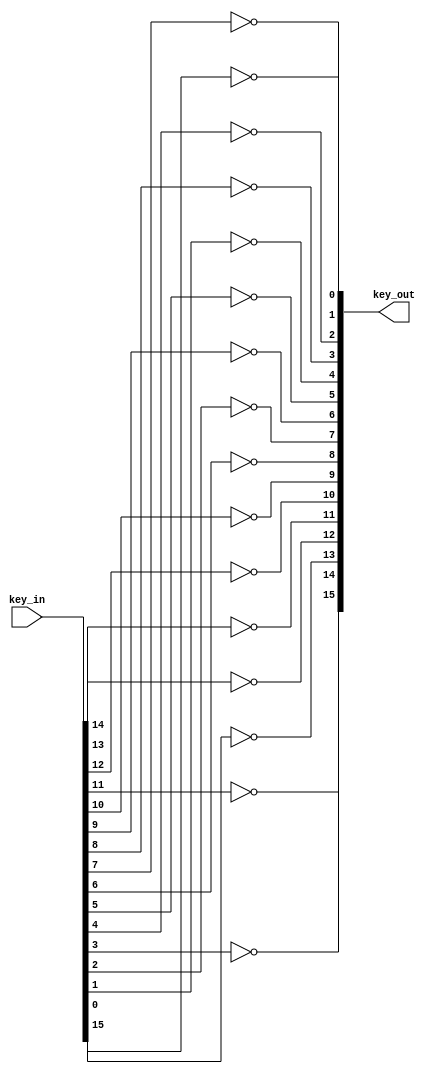
`timescale 1ns / 1ps


module key_map(
    input[15:0] key_in,
    output[15:0] key_out
);

assign key_out[13] = ~key_in[15]; // D
assign key_out[12] = ~key_in[14]; // C
assign key_out[11] = ~key_in[13]; // B
assign key_out[10] = ~key_in[12]; // A
assign key_out[14] = ~key_in[11]; // #
assign key_out[9] = ~key_in[10];
assign key_out[6] = ~key_in[9];
assign key_out[3] = ~key_in[8];
assign key_out[0] = ~key_in[7];
assign key_out[8] = ~key_in[6];
assign key_out[5] = ~key_in[5];
assign key_out[2] = ~key_in[4];
assign key_out[15] = ~key_in[3]; // *
assign key_out[7] = ~key_in[2];
assign key_out[4] = ~key_in[1];
assign key_out[1] = ~key_in[0];

endmodule